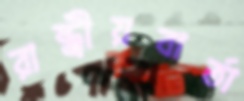
রাষ্ট্রীয়বার্তা